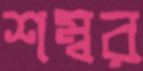
শম্বর